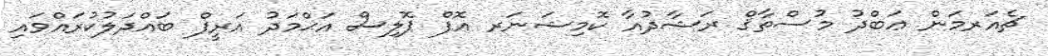
ޗެއަރމަން ޢަބްދު މުސްތާޤް ރަޝާދުއާ ކޮމިޝަނަރ އޮފް ޕޮލިސް އަޙްމަދު އަރީފް ބައްދަލުކުރައްވައި